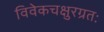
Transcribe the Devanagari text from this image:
विवेकचक्षुरग्रतः